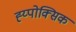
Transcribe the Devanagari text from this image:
ह्य्पोक्सिक